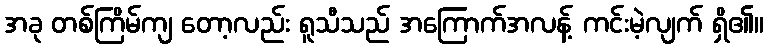
အခု တစ်ကြိမ်ကျ တော့လည်း ရူသီသည် အကြောက်အလန့် ကင်းမဲ့လျက် ရှိ၏။